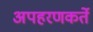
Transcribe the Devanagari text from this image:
अपहरणकर्ते